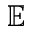
\mathbb { E }